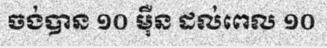
ចង់បាន ១០ ម៉ឺន ដល់ពេល ១០